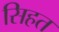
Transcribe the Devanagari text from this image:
सिहत